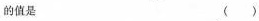
的值是 ( )